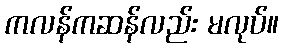
ကလန်ကဆန်လည်း မလုပ်။